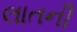
લાતની